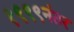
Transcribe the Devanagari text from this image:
१९९९नंतर